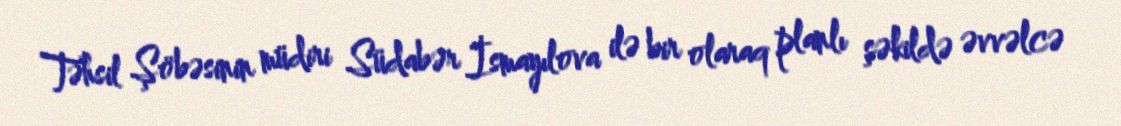
Təhsil Şöbəsinin müdiri Südabər İsmayılova ilə bir olaraq planlı şəkildə əvvəlcə